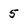
Character: 5